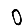
Digit: 0